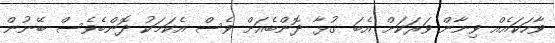
ވާހަކައެއް ވިނާން ވަރަކަށް އެބަ ގުޅާ ދޮންބެއަށް ވެސް އެކަމަކު ދޮންބެވެސް ބޭނުން